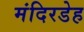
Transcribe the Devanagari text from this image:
मंदिरडेह